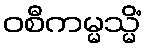
ဝစီကမ္မသ္မိံ